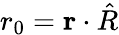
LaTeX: r_{0}={\mathbf{r}}\cdot{\hat{R}}